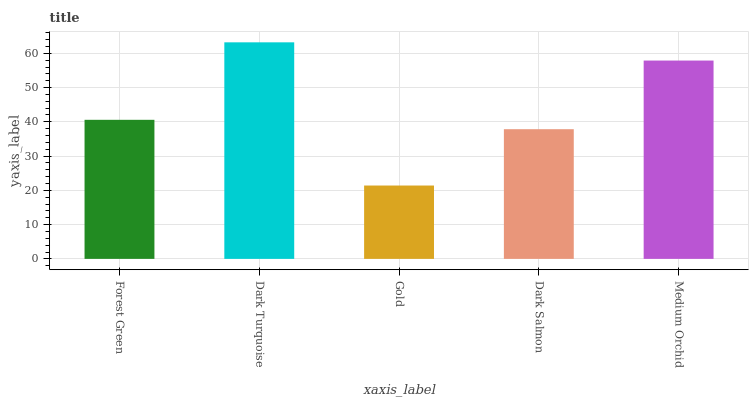
| xaxis_label | bars |
 | --- | --- |
 | Forest Green | 40.6 |
 | Dark Turquoise | 63.2 |
 | Gold | 21.4 |
 | Dark Salmon | 37.9 |
 | Medium Orchid | 57.9 |